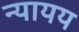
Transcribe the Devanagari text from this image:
न्यायय